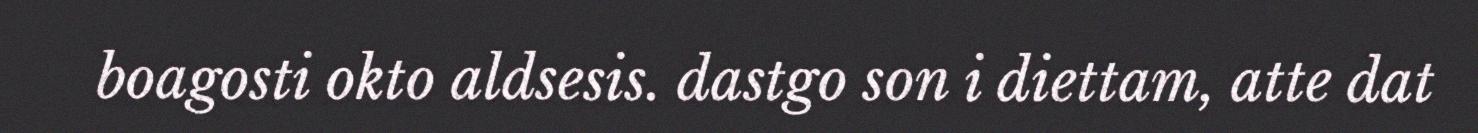
boagosti okto aldsesis. dastgo son i diettam, atte dat